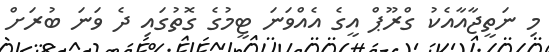
މި ނަތީޖާއާއެކު ގްރޫޕް އީގެ އެއްވަނަ ޓީމުގެ ގޮތުގައި ދެ ވަނަ ބުރަށް